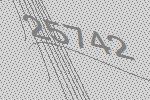
25742